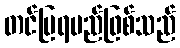
တင်ပြရမည်ဖြစ်သည်